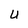
Character: U